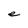
Character: e